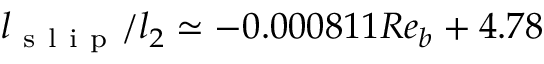
l _ { \mathrm { ~ s ~ l ~ i ~ p ~ } } / l _ { 2 } \simeq - 0 . 0 0 0 8 1 1 R e _ { b } + 4 . 7 8